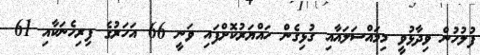
ފުލުހުން ވިދާޅުވީ މިމައްސަލައާއި ގުޅިގެން ހައްޔަރުކޮށްފައި ވަނީ 66 އަހަރުގެ ފިރިހެނަކާއި 61